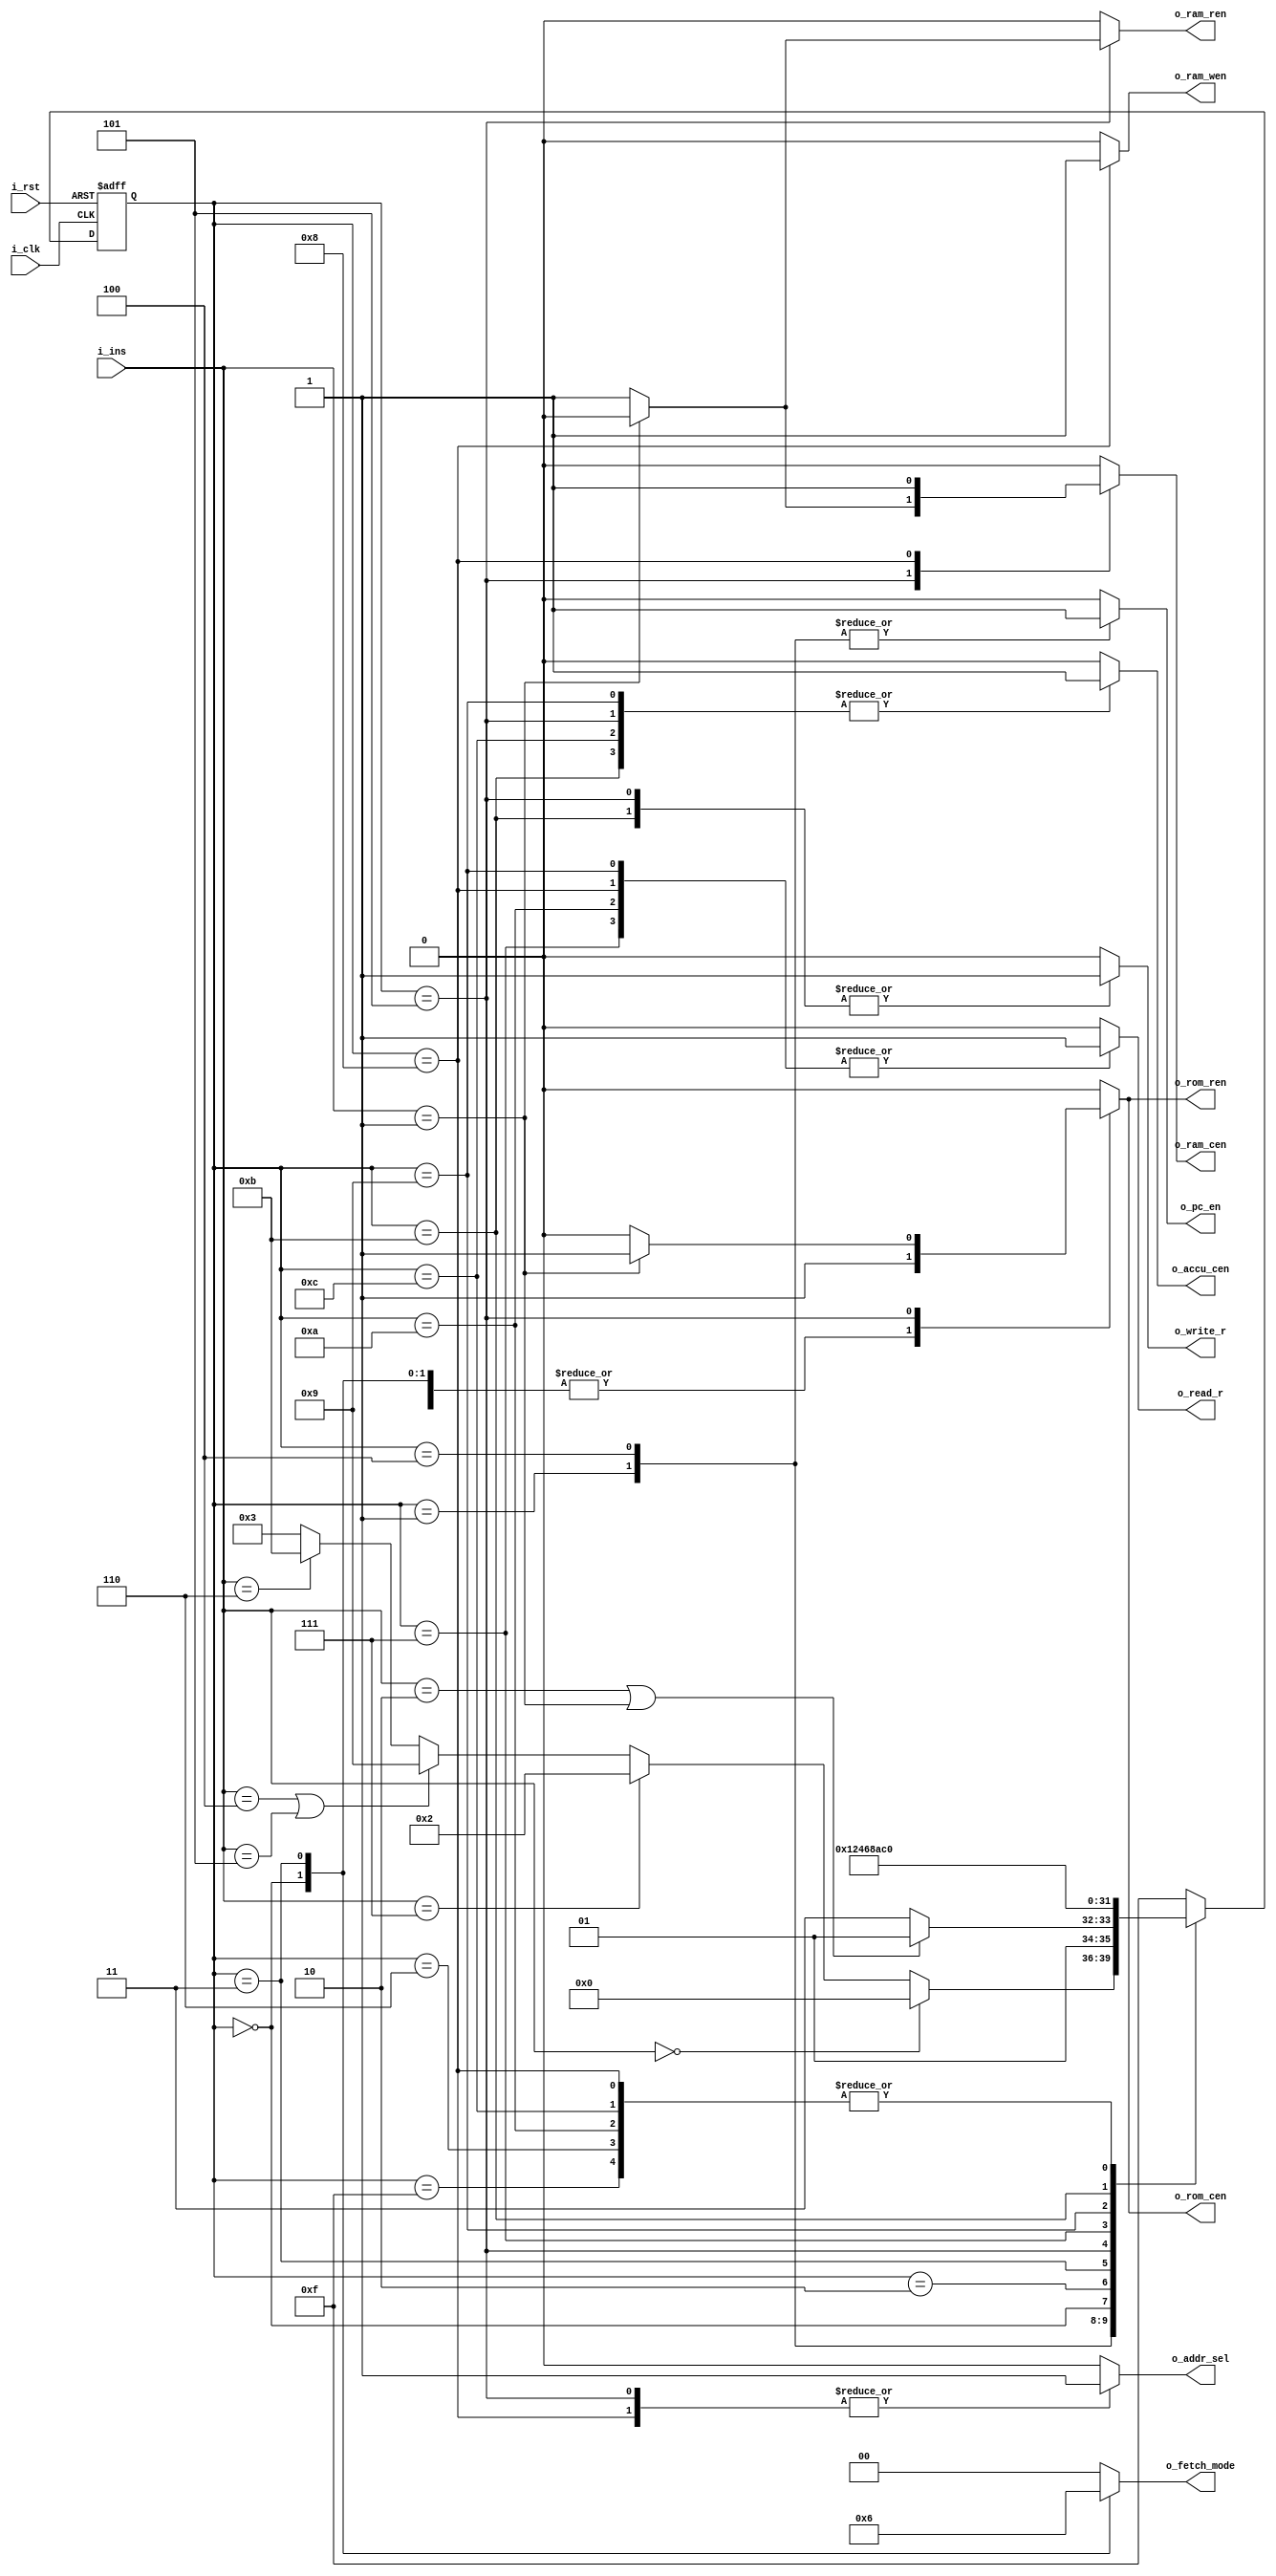
module controller(
    input [2:0] i_ins,
    input i_clk, i_rst,
    output reg o_write_r, o_read_r, o_pc_en, o_accu_cen, o_ram_cen, o_rom_cen, o_ram_wen, o_ram_ren, o_rom_ren, o_addr_sel,
    output reg [1:0] o_fetch_mode
);

reg [3:0] r_current_state;	// current state
reg [3:0] r_next_state; 	// next state


// instruction code
parameter NOP=3'b000, // no operation
          LDO=3'b001, // load ROM to register
          LDA=3'b010, // load RAM to register
          STO=3'b011, // Store intermediate results to accumulator
          PRE=3'b100, // Prefetch Data from Address
          ADD=3'b101, // Adds the contents of the memory address or integer to the accumulator
          LDM=3'b110, // Load Multiple
          HLT=3'b111; // Halt

// state code			 
parameter Sidle=4'hf,
          S0=4'd0,
          S1=4'd1,
          S2=4'd2,
          S3=4'd3,
          S4=4'd4,
          S5=4'd5,
          S6=4'd6,
          S7=4'd7,
          S8=4'd8,
          S9=4'd9,
          S10=4'd10,
          S11=4'd11,
          S12=4'd12;
			 
//PART A: D flip latch; State register
always @(posedge i_clk or negedge i_rst) begin
    if(!i_rst) r_current_state <= Sidle; //current_state <= Sidle;
    else r_current_state <= r_next_state; //current_state <= next_state;	
end

//PART B: Next-state combinational logic
always @* begin
    case(r_current_state)
        S1: begin
            if (i_ins==NOP) r_next_state=S0;
            else if (i_ins==HLT) r_next_state=S2;
            else if (i_ins==PRE | i_ins==ADD) r_next_state=S9;
            else if (i_ins==LDM) r_next_state=S11;
            else r_next_state=S3;
        end
        S4: begin
            if (i_ins==LDA | i_ins==LDO) r_next_state=S5; //else if (i_ins==STO) r_next_state=S7; 
            else r_next_state=S7; // ---Note: there are only 3 long i_instrucions. So, all the cases included. if (counter_A==2*b11)
        end
        Sidle:   r_next_state=S0;
        S0:      r_next_state=S1;
        S2:      r_next_state=S2;
        S3:      r_next_state=S4;
        S5:      r_next_state=S6;
        S6:      r_next_state=S0;
        S7:      r_next_state=S8;
        S8:      r_next_state=S0;
        S9:      r_next_state=S10;
        S10:     r_next_state=S0;
        S11:     r_next_state=S12;
        S12:     r_next_state=S0;
        default: r_next_state=Sidle;
    endcase
end

// another style
//PART C: Output combinational logic
always @* begin 
    case(r_current_state)
        Sidle: begin // idle
            o_write_r=1'b0;
            o_read_r=1'b0;
            o_pc_en=1'b0; 
            o_accu_cen=1'b0;
            o_ram_cen=1'b0;
            o_rom_cen=1'b0;
            o_ram_wen=1'b0;
            o_ram_ren=1'b0;
            o_rom_ren=1'b0;
            o_addr_sel=1'b0;
            o_fetch_mode=2'b00;
        end
        S0: begin // load part1 command, load rom, address from counter, counter disable
                  // update command and reg addr
                  // next S1 only
            o_write_r=0;
            o_read_r=0;
            o_pc_en=0;
            o_accu_cen=0;
            o_ram_cen=0;
            o_rom_cen=1;
            o_ram_wen=0;
            o_ram_ren=0;
            o_rom_ren=1;
            o_addr_sel=0;
            o_fetch_mode=2'b01;
        end
        S1: begin // translate part1 command, load rom, address from counter, counter enable
                  // no addr update
                  // if NOP go back S0, start next command with counter+1
                  // if HLT go to S2, stop
                  // if PRE or ADD go to S9, access reg->accu
                  // if LDM go to S11, write accu->reg
                  // other go to S3, load next ir address for long command
            o_write_r=0;
            o_read_r=0;
            o_pc_en=1; 
            o_accu_cen=0;
            o_ram_cen=0;
            o_ram_wen=0;
            o_ram_ren=0;
            o_rom_cen=1;
            o_rom_ren=1; 
            o_addr_sel=0;
            o_fetch_mode=2'b00;
        end
        S2: begin // next S2 loop
            o_write_r=0;
            o_read_r=0;
            o_pc_en=0;
            o_accu_cen=0;
            o_ram_cen=0;
            o_rom_cen=0;
            o_ram_wen=0;
            o_ram_ren=0;
            o_rom_ren=0;
            o_addr_sel=0;
            o_fetch_mode=2'b00;
        end
        S3: begin // load part2 command, load rom, address from counter, counter disable
                  // next S4 only
                  // update rom/ram addr
            o_write_r=0;
            o_read_r=0;
            o_pc_en=0;
            o_accu_cen=0;
            o_ram_cen=0;
            o_rom_cen=1;
            o_ram_wen=0;
            o_ram_ren=0;
            o_rom_ren=1;
            o_addr_sel=0;
            o_fetch_mode=2'b10; 
        end
        S4: begin // translate part2 command, load rom, address from counter, counter enable
                  // if LDA/LDO go to S5, access rom/ram to reg
                  // if STO go to S7, access reg to ram
            o_write_r=0;
            o_read_r=0;
            o_pc_en=1;
            o_accu_cen=0;
            o_ram_cen=0;
            o_ram_wen=0;
            o_ram_ren=0;
            o_rom_cen=1; 
            o_rom_ren=1;
            o_addr_sel=0;
            o_fetch_mode=2'b00; 
        end
        S5: begin // exec read rom/ram command from S4, data to reg, reg addr from part1
                  // next S6
            if (i_ins==LDO) begin
                o_write_r=1;
                o_read_r=0;
                o_pc_en=0;
                o_accu_cen=1;
                o_ram_cen=0;
                o_ram_wen=0;
                o_ram_ren=0;
                o_rom_cen=1;
                o_rom_ren=1;
                o_addr_sel=1;
                o_fetch_mode=2'b00; 		 
            end
            else begin
                o_write_r=1;
                o_read_r=0;
                o_pc_en=0;
                o_accu_cen=1;
                o_ram_cen=1;
                o_ram_wen=0;
                o_ram_ren=1;
                o_rom_cen=0;
                o_rom_ren=0;
                o_addr_sel=1;
                o_fetch_mode=2'b00;
            end	 
        end
        S6: begin // idle, next S0
            o_write_r=1'b0;
            o_read_r=1'b0;
            o_pc_en=1'b0;
            o_accu_cen=1'b0;
            o_ram_cen=1'b0;
            o_rom_cen=1'b0;
            o_ram_wen=1'b0;
            o_ram_ren=1'b0;
            o_rom_ren=1'b0;
            o_addr_sel=1'b0;
            o_fetch_mode=2'b00;
	end
        S7: begin // exec STO reg->ram. step1. read reg, ram disable
                  // next S8
            o_write_r=0;
            o_read_r=1;
            o_pc_en=0;
            o_accu_cen=0;
            o_ram_cen=0;
            o_rom_cen=0;
            o_ram_wen=0;
            o_ram_ren=0;
            o_rom_ren=0;
            o_addr_sel=0;
            o_fetch_mode=2'b00;
        end
        S8: begin // exec STO, step2. read reg, ram enable
                  // next S0
            o_write_r=0;
            o_read_r=1;
            o_pc_en=0;
            o_accu_cen=0;
            o_rom_ren=0;
            o_rom_cen=0;
            o_ram_cen=1;
            o_ram_wen=1;
            o_ram_ren=0;
            o_addr_sel=1;
            o_fetch_mode=2'b00;
        end
        S9: begin // exec PRE/ADD, step1. reg->accu
                  // next S10
            if (i_ins==PRE) begin
                o_write_r=0;
                o_read_r=1;
                o_pc_en=0;
                o_accu_cen=1;
                o_ram_cen=0;
                o_rom_cen=0;
                o_ram_wen=0;
                o_ram_ren=0;
                o_rom_ren=0;
                o_addr_sel=0;
                o_fetch_mode=2'b00;
            end
            else begin 
                o_write_r=0;
                o_read_r=1;
                o_pc_en=0;
                o_accu_cen=1;
                o_ram_cen=0;
                o_rom_cen=0;
                o_ram_wen=0;
                o_ram_ren=0;
                o_rom_ren=0;
                o_addr_sel=0;
                o_fetch_mode=2'b00;		 
            end 
        end
        S10: begin // exec PRE/ADD, step2. reg->accu
                   // next S0
            o_write_r=0;
            o_read_r=1;
            o_pc_en=0;
            o_accu_cen=0;
            o_ram_cen=0;
            o_rom_cen=0;
            o_ram_wen=0;
            o_ram_ren=0;
            o_rom_ren=0;
            o_addr_sel=0;
            o_fetch_mode=2'b00;
        end
        S11: begin // exec LDM, step1. accu->reg
                   // next S12
            o_write_r=1;
            o_read_r=0;
            o_pc_en=0;
            o_accu_cen=1;
            o_ram_cen=0;
            o_ram_wen=0;
            o_ram_ren=0;
            o_rom_cen=0;
            o_rom_ren=0;
            o_addr_sel=0;
            o_fetch_mode=2'b00;
            		
        end
        S12: begin // idle next S0
            o_write_r=0;
            o_read_r=0;
            o_pc_en=0;
            o_accu_cen=1;
            o_ram_cen=0;
            o_rom_cen=0;
            o_ram_wen=0;
            o_ram_ren=0;
            o_rom_ren=0;
            o_addr_sel=0;
            o_fetch_mode=2'b00;	 
        end
        default: begin
            o_write_r=0;
            o_read_r=0;
            o_pc_en=0;
            o_accu_cen=0;
            o_ram_cen=0;
            o_rom_cen=0;
            o_ram_wen=0;
            o_ram_ren=0;
            o_rom_ren=0;
            o_addr_sel=0;
            o_fetch_mode=2'b00;		 
        end
    endcase
end

endmodule